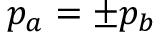
p _ { a } = \pm p _ { b }